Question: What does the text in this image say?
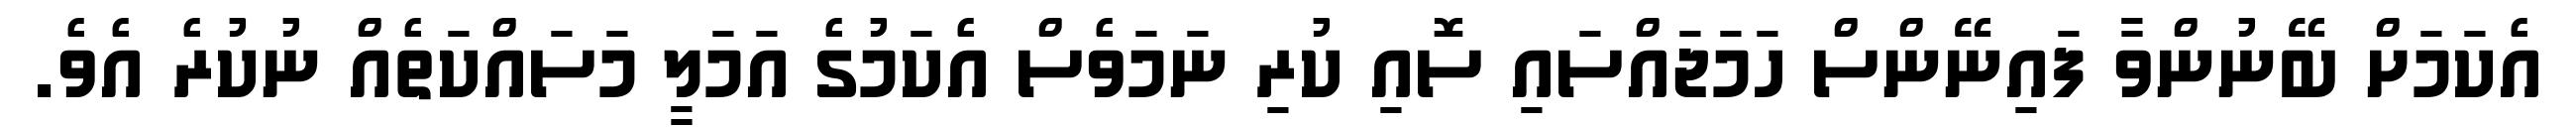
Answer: އެކަމަށް ބޭނުންވާ ފައިނޭންސް ހަމަޖައްސައި ސޮއި ކުރި ނަމަވެސް އެކަމުގެ އަމަލީ މަސައްކަތެއް ނުކުރެ އެވެ.